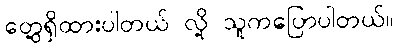
တွေ့ရှိထားပါတယ် လို့ သူကပြောပါတယ်။